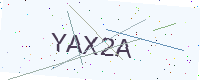
Text: YAX2A